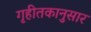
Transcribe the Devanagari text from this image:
गृहीतकानुसार